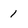
Character: 1